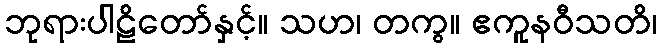
ဘုရားပါဠိတော်နှင့်။ သဟ၊ တကွ။ ဧကူနဝီသတိ၊